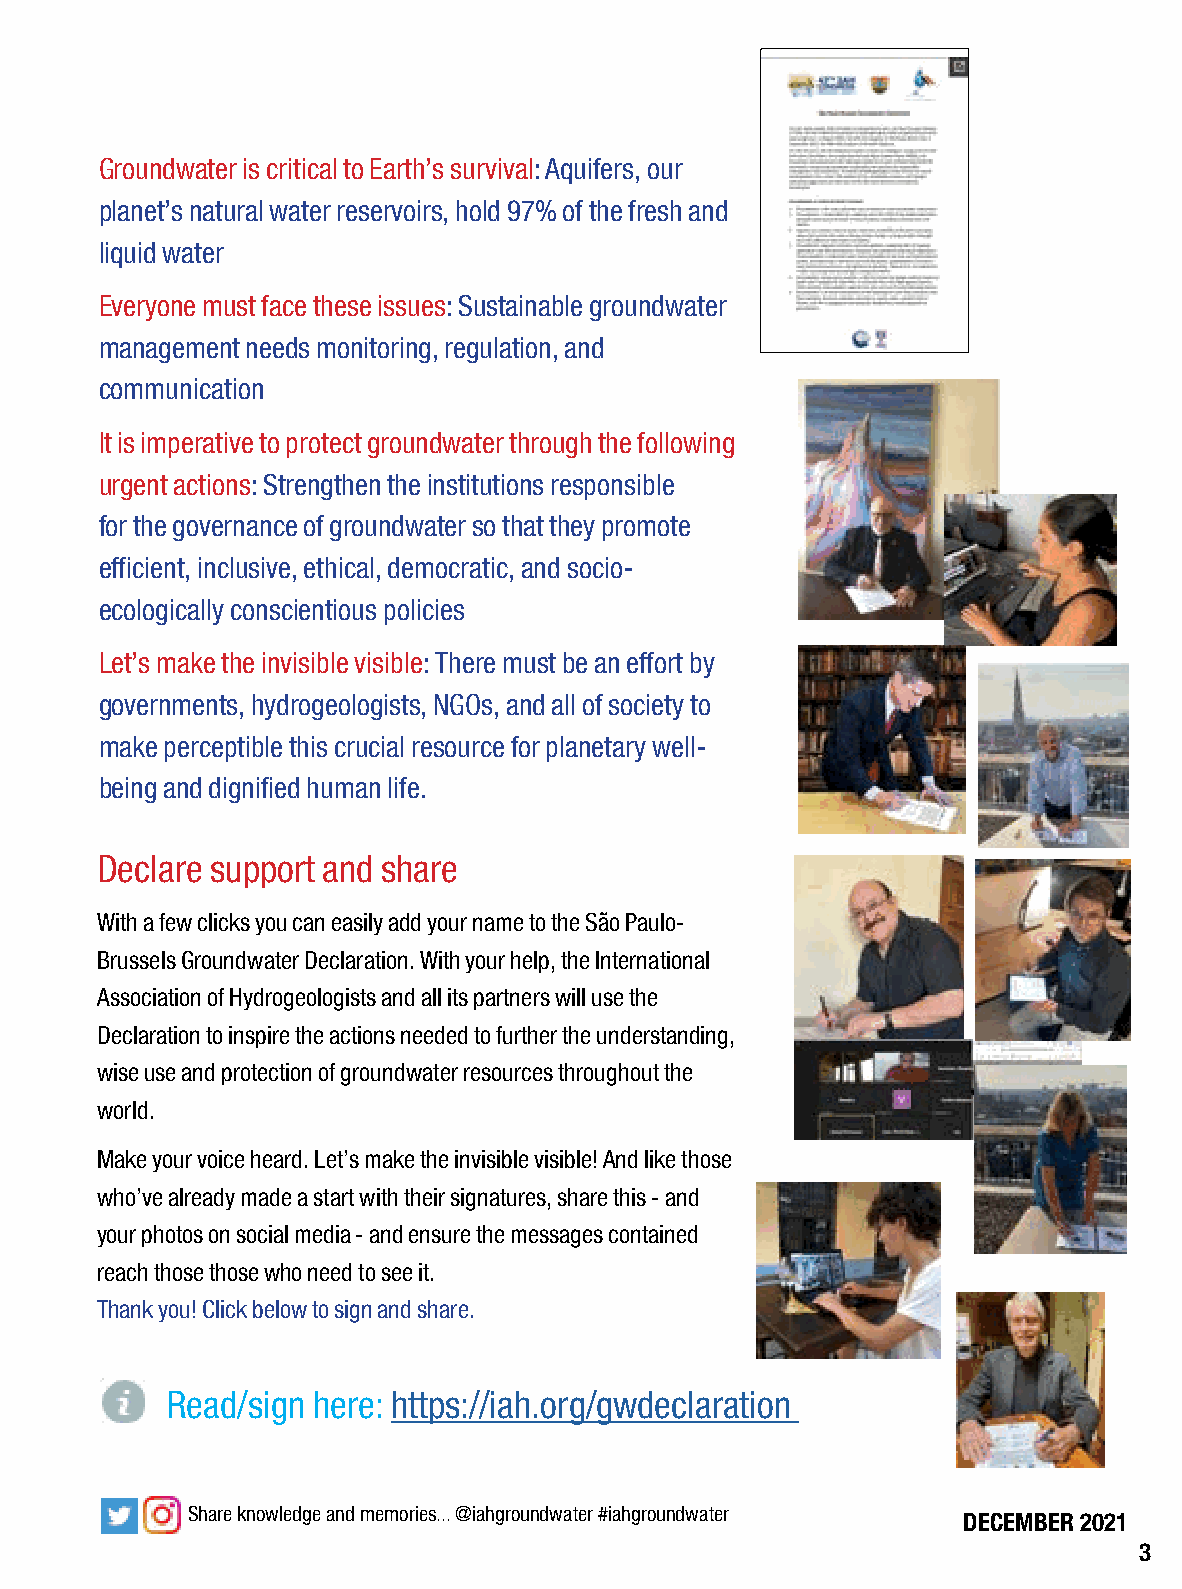
Groundwater is critical to Earth’s survival: Aquifers, our
 planet’s natural water reservoirs, hold 97% of the fresh and
 liquid water
 Everyone must face these issues: Sustainable groundwater
 management needs monitoring, regulation, and
 communication
 It is imperative to protect groundwater through the following
 urgent actions: Strengthen the institutions responsible
 for the governance of groundwater so that they promote
 efficient, inclusive, ethical, democratic, and socio-
 ecologically conscientious policies
 Let’s make the invisible visible: There must be an effort by
 governments, hydrogeologists, NGOs, and all of society to
 make perceptible this crucial resource for planetary well-
 being and dignified human life.
 Declare support and share
 With a few clicks you can easily add your name to the São Paulo-
 Brussels Groundwater Declaration. With your help, the International
 Association of Hydrogeologists and all its partners will use the
 Declaration to inspire the actions needed to further the understanding,
 wise use and protection of groundwater resources throughout the
 world.
 Make your voice heard. Let’s make the invisible visible! And like those
 who’ve already made a start with their signatures, share this - and
 your photos on social media - and ensure the messages contained
 reach those those who need to see it.
 Thank you! Click below to sign and share.
 Read/sign here: https://iah.org/gwdeclaration
 Share knowledge and memories... @iahgroundwater #iahgroundwater
 DECEMBER 2021
 3